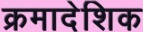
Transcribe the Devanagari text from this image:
क्रमादेशिक